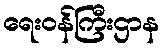
ရေးဝန်ကြီးဌာန